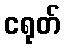
ငရုတ်